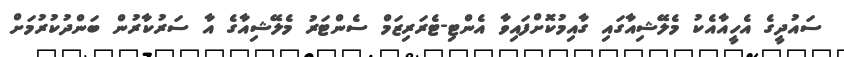
ސައުދީގެ އެހީއާއެކު މެލޭޝިއާގައި ގާއިމުކޮށްފައިވާ އެންޓި-ޓެރަރިޒަމް ސެންޓަރު މެލޭޝިއާގެ އާ ސަރުކާރުން ބަންދުކުރުމަށް